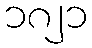
၁၈၂၁